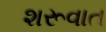
શરૂવાત